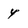
Character: 4